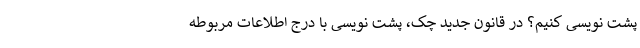
پشت نویسی کنیم؟ در قانون جدید چک، پشت نویسی با درج اطلاعات مربوطه